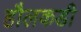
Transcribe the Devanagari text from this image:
हौलकडी